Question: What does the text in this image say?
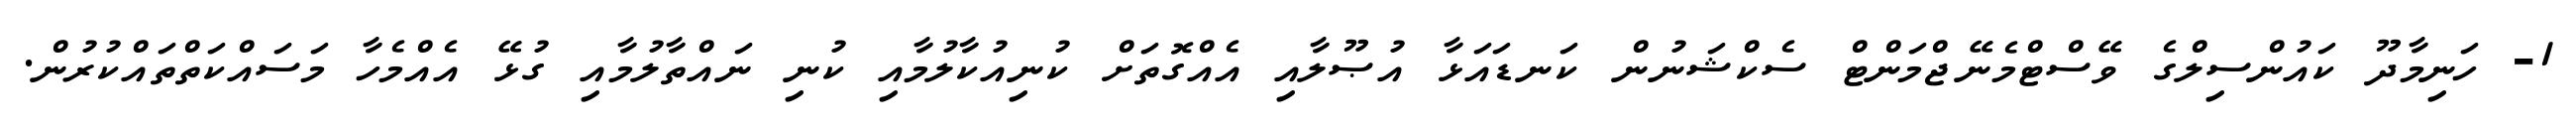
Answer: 1- ހަނިމާދޫ ކައުންސިލްގެ ވޭސްޓްމެނޭޖްމަންޓް ސެކްޝަނުން ކަނޑައަޅާ އުޞޫލާއި އެއްގޮތަށް ކުނިއުކާލުމާއި ކުނި ނައްތާލުމާއި ގުޅޭ އެއްމެހާ މަސައްކަތްތައްކުރުން.